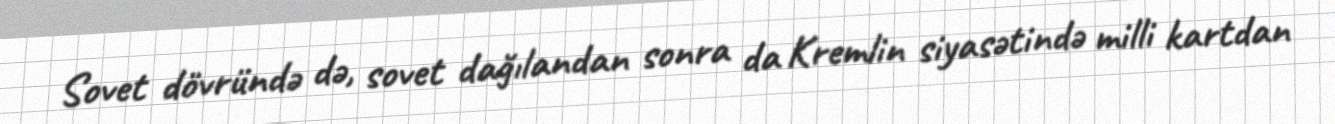
Sovet dövründə də, sovet dağılandan sonra da Kremlin siyasətində milli kartdan